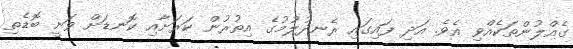
ގެއްލުންތަކެއްވި އެވެ. އަދި ފައިގައި ރެނދުލުމުގެ އިތުރުން ކަރަށާއި ކޮނޑަށް ވަނީ ބޮޑެތި